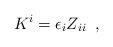
\begin{align*}K^i=\epsilon_i Z_{ii} \;\; ,\end{align*}